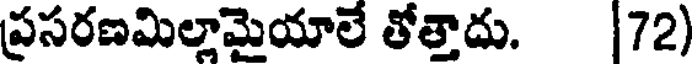
ప్రసరణమిల్లామైయాలే తోత్తాదు. 72)